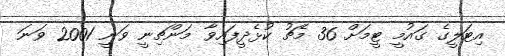
އިޓަލީގެ ގައުމީ ޓީމަށް 36 މެޗު ކުޅެދީފައިވާ މަންޗިނީ ވަނީ 2001 ވަނަ